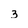
Character: 3